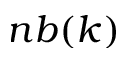
n b ( k )